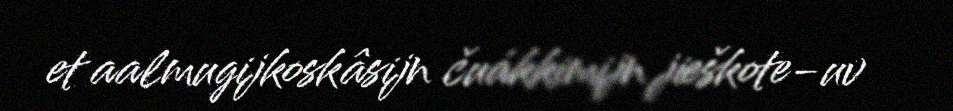
et aalmugijkoskâsijn čuákkimijn jieškote-uv